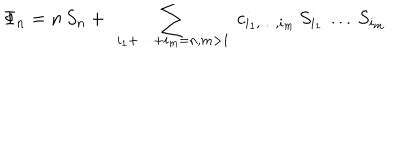
LaTeX: \Phi _ { n } = n \, S _ { n } + \ \sum _ { i _ { 1 } + \dots + i _ { m } = n , m > 1 } \ c _ { i _ { 1 } , \dots , i _ { m } } \, S _ { i _ { 1 } } \, \dots \, S _ { i _ { m } }